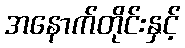
အနောက်တိုင်းနှင့်